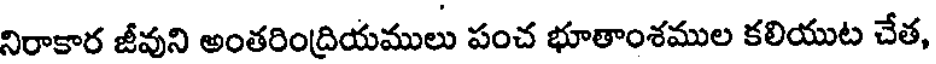
నిరాకార జీవుని అంతరింద్రియములు పంచ భూతాంశముల కలియుట చేత,